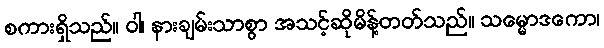
စကားရှိသည်။ ဝါ၊ နားချမ်းသာစွာ အသင့်ဆိုမိန့်တတ်သည်။ သမ္မောဒကော၊